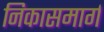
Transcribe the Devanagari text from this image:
निकासमार्ग